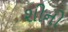
શીનો